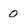
Character: 0